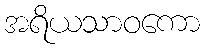
အရိယသာဝကော